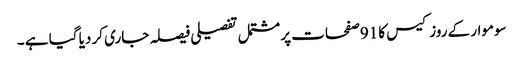
سوموار کے روز کیس کا 91صفحات پر مشتمل تفصیلی فیصلہ جاری کر دیا گیا ہے ۔